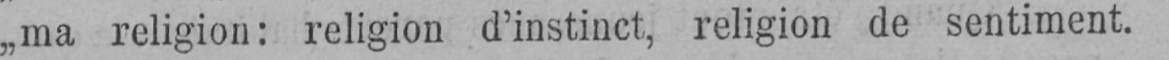
„ma religion: religion d’instinct, religion de sentiment.